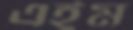
এইম